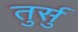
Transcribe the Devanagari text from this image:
तुर्सु